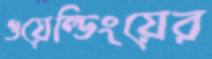
ওয়েল্ডিংয়ের